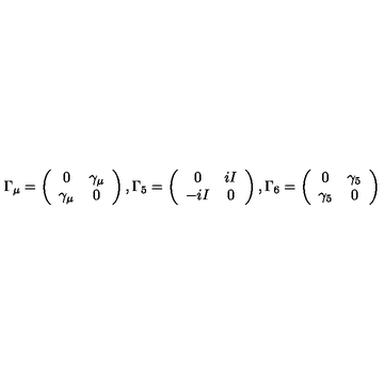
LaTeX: \Gamma _ { \mu } = \left( \begin{array} { c c } { 0 } & { \gamma _ { \mu } } \\ { \gamma _ { \mu } } & { 0 } \\ \end{array} \right) , \Gamma _ { 5 } = \left( \begin{array} { c c } { 0 } & { i I } \\ { - i I } & { 0 } \\ \end{array} \right) , \Gamma _ { 6 } = \left( \begin{array} { c c } { 0 } & { \gamma _ { 5 } } \\ { \gamma _ { 5 } } & { 0 } \\ \end{array} \right)